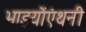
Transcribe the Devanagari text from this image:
भाइयोंएंथनी